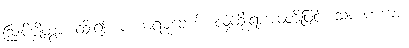
ဩဝိဇ္ဈိတွာ၊ ထိုး၍။ ပဟာရမုခေဟိ၊ လှံထိုးရာအဝတို့ဖြင့်။ သကဏ္ဋကာ၊